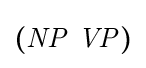
{\boldsymbol {(}}{\mathit {NP}}\ {\mathit {VP}}{\boldsymbol {)}}